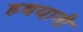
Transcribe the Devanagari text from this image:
हथयानी